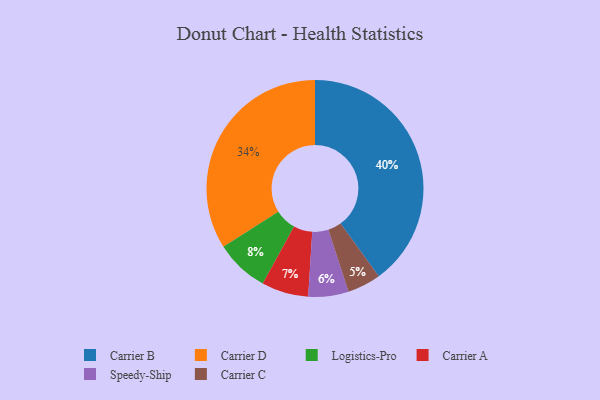
{"axis": {"x": "Category", "y": "Percentage"}, "legend": ["Carrier A", "Carrier B", "Carrier C", "Carrier D", "Logistics-Pro", "Speedy-Ship"], "data": [{"x": "Carrier A", "y": 7, "type": "Carrier A"}, {"x": "Logistics-Pro", "y": 8, "type": "Logistics-Pro"}, {"x": "Carrier B", "y": 40, "type": "Carrier B"}, {"x": "Carrier C", "y": 5, "type": "Carrier C"}, {"x": "Carrier D", "y": 34, "type": "Carrier D"}, {"x": "Speedy-Ship", "y": 6, "type": "Speedy-Ship"}]}